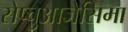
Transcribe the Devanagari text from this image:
सेप्चुआजेसिमा